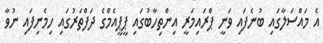
އެ މައްސަލާގައި ބުނެފައި ވަނީ ޕްރައިމަރީ އިންތިހާބުގައި ޕީޕީއެމްގެ ދަފްތަރުގައި ހިމެނިފައި ނުވާ